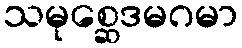
သမုစ္ဆေဒမဂမာ